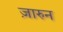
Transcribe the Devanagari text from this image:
ज़ारुन